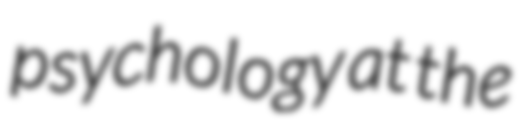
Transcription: psychology at the